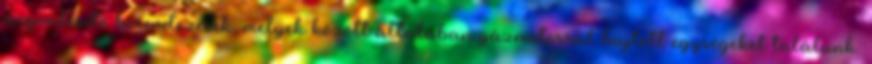
megvalósító berendezések, melyek között általában gázmotorral hajtott egységeket találunk.